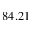
8 4 . 2 1